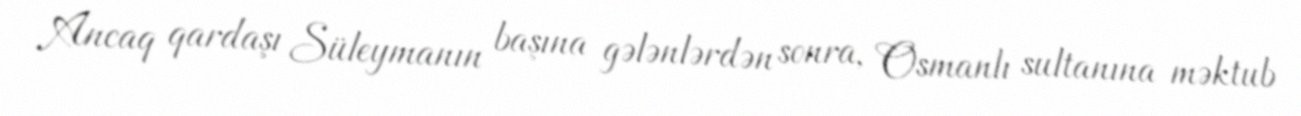
Ancaq qardaşı Süleymanın başına gələnlərdən sonra, Osmanlı sultanına məktub